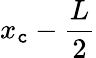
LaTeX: x_{\mathtt{c}}-{\frac{{L}}{{2}}}